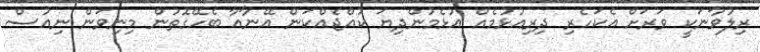
ރިލުވާނަކީ ވަރަށް އެކަހެރި ދިރިއުޅުމެއް އުޅެމުންދިޔަ ކުއްޖެއްކަން އޭނާއާ ބެހޭގޮތުން މިނިވަން ނިއުސް